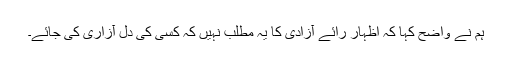
ہم نے واضح کہا کہ اظہار رائے آزادی کا یہ مطلب نہیں کہ کسی کی دل آزاری کی جائے۔